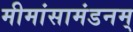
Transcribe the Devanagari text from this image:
मीमांसामंडनम्